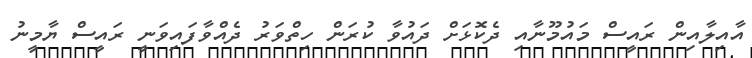
އާއިލާއިން ރައީސް މައުމޫނާއި ދެކޮޅަށް ދައުވާ ކުރަން ހިތްވަރު ދެއްވާފައިވަނީ ރައީސް ޔާމީނު